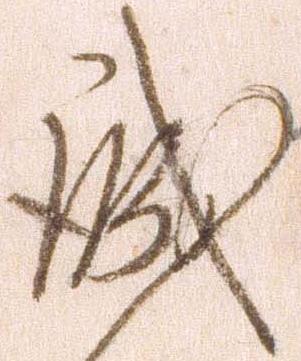
誠